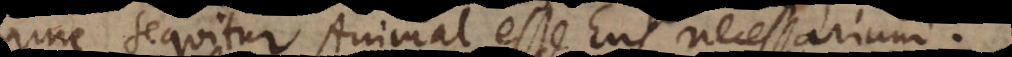
tur Animal esse Ens necessarium.